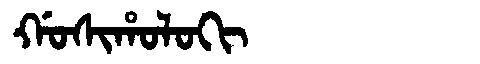
Manchu: ᡤᠣᠰᡳᡥᠣᠯᠣᡴᡳ
Romanization: GOSIHOLOKI